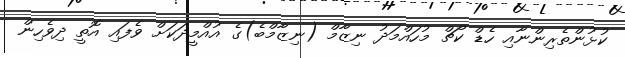
ކުޅުންތެރިންނާއި ހެޑް ކޯޗް މުހައްމަދު ނިޒާމް (ނިޒާމްބެ)ގެ އުއްމީދަކަށް ވެފައި އޮތީ ދިވެހިން